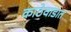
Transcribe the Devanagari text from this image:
काठेवाडात